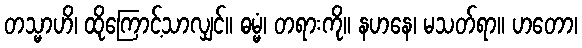
တသ္မာဟိ၊ ထိုကြောင့်သာလျှင်။ ဓမ္မံ၊ တရားကို။ နဟနေ၊ မသတ်ရာ။ ဟတော၊